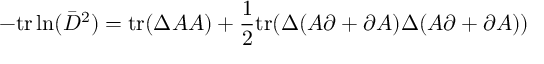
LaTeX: - \mathrm { t r } \ln ( \bar { D } ^ { 2 } ) = \mathrm { t r } ( \Delta A A ) + \frac { 1 } { 2 } \mathrm { t r } ( \Delta ( A \partial + \partial A ) \Delta ( A \partial + \partial A ) )